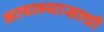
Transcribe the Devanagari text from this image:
भाषाभ्यासाची